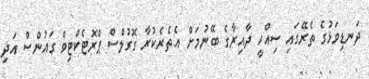
ދަނޑިވަޅުގެ ތެރޭގައި ސިއްހީ ދާއިރާގެ ބޭނުމަށް އެތެރެކުރާ ގޮގުލްސް ޕްރޮޓެކްޓިވް ގައުންސް އަދި